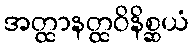
အတ္ထာနတ္ထဝိနိစ္ဆယံ